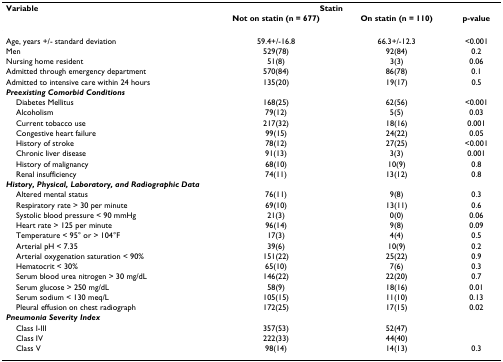
<table><thead><tr><td><b>Variable</b></td><td colspan="2"><b>Statin</b></td><td></td></tr><tr><td></td><td><b>Not on statin (n = 677)</b></td><td><b>On statin (n = 110)</b></td><td><b>p-value</b></td></tr></thead><tbody><tr><td>Age, years +/- standard deviation</td><td>59.4+/-16.8</td><td>66.3+/-12.3</td><td>&lt;0.001</td></tr><tr><td>Men</td><td>529(78)</td><td>92(84)</td><td>0.2</td></tr><tr><td>Nursing home resident</td><td>51(8)</td><td>3(3)</td><td>0.06</td></tr><tr><td>Admitted through emergency department</td><td>570(84)</td><td>86(78)</td><td>0.1</td></tr><tr><td>Admitted to intensive care within 24 hours</td><td>135(20)</td><td>19(17)</td><td>0.5</td></tr><tr><td colspan="4"><b><i>Preexisting Comorbid Conditions</i></b></td></tr><tr><td> Diabetes Mellitus</td><td>168(25)</td><td>62(56)</td><td>&lt;0.001</td></tr><tr><td> Alcoholism</td><td>79(12)</td><td>5(5)</td><td>0.03</td></tr><tr><td> Current tobacco use</td><td>217(32)</td><td>18(16)</td><td>0.001</td></tr><tr><td> Congestive heart failure</td><td>99(15)</td><td>24(22)</td><td>0.05</td></tr><tr><td> History of stroke</td><td>78(12)</td><td>27(25)</td><td>&lt;0.001</td></tr><tr><td> Chronic liver disease</td><td>91(13)</td><td>3(3)</td><td>0.001</td></tr><tr><td> History of malignancy</td><td>68(10)</td><td>10(9)</td><td>0.8</td></tr><tr><td> Renal insufficiency</td><td>74(11)</td><td>13(12)</td><td>0.8</td></tr><tr><td colspan="4"><b><i>History, Physical, Laboratory, and Radiographic Data</i></b></td></tr><tr><td> Altered mental status</td><td>76(11)</td><td>9(8)</td><td>0.3</td></tr><tr><td> Respiratory rate &gt; 30 per minute</td><td>69(10)</td><td>13(11)</td><td>0.6</td></tr><tr><td> Systolic blood pressure &lt; 90 mmHg</td><td>21(3)</td><td>0(0)</td><td>0.06</td></tr><tr><td> Heart rate &gt; 125 per minute</td><td>96(14)</td><td>9(8)</td><td>0.09</td></tr><tr><td> Temperature &lt; 95° or &gt; 104°F</td><td>17(3)</td><td>4(4)</td><td>0.5</td></tr><tr><td> Arterial pH &lt; 7.35</td><td>39(6)</td><td>10(9)</td><td>0.2</td></tr><tr><td> Arterial oxygenation saturation &lt; 90%</td><td>151(22)</td><td>25(22)</td><td>0.9</td></tr><tr><td> Hematocrit &lt; 30%</td><td>65(10)</td><td>7(6)</td><td>0.3</td></tr><tr><td> Serum blood urea nitrogen &gt; 30 mg/dL</td><td>146(22)</td><td>22(20)</td><td>0.7</td></tr><tr><td> Serum glucose &gt; 250 mg/dL</td><td>58(9)</td><td>18(16)</td><td>0.01</td></tr><tr><td> Serum sodium &lt; 130 meq/L</td><td>105(15)</td><td>11(10)</td><td>0.13</td></tr><tr><td> Pleural effusion on chest radiograph</td><td>172(25)</td><td>17(15)</td><td>0.02</td></tr><tr><td colspan="4"><b><i>Pneumonia Severity Index</i></b></td></tr><tr><td> Class I-III</td><td>357(53)</td><td>52(47)</td><td></td></tr><tr><td> Class IV</td><td>222(33)</td><td>44(40)</td><td></td></tr><tr><td> Class V</td><td>98(14)</td><td>14(13)</td><td>0.3</td></tr></tbody></table>